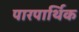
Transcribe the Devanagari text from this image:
पारपार्थिक